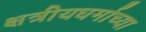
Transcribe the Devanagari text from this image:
क्षत्रीयधर्माच्या